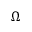
\Omega